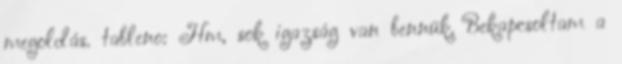
megoldás. tableno: Hm, sok igazság van bennük. Bekapcsoltam a